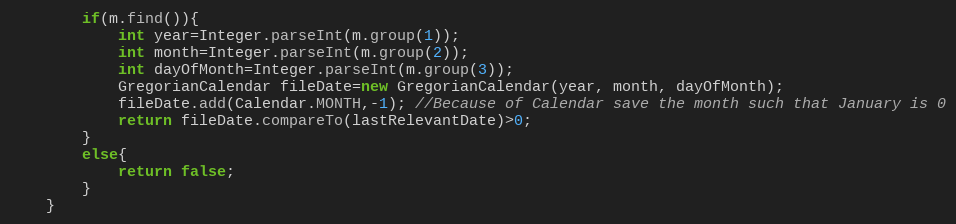
Language: Java
		if(m.find()){
			int year=Integer.parseInt(m.group(1));
			int month=Integer.parseInt(m.group(2));
			int dayOfMonth=Integer.parseInt(m.group(3));
			GregorianCalendar fileDate=new GregorianCalendar(year, month, dayOfMonth);
			fileDate.add(Calendar.MONTH,-1); //Because of Calendar save the month such that January is 0
			return fileDate.compareTo(lastRelevantDate)>0;
		}
		else{
			return false;
		}
	}